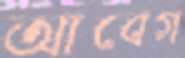
আবেগ